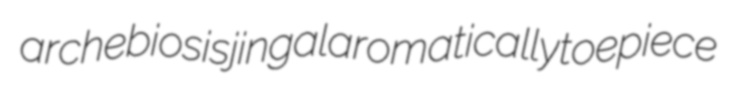
archebiosis jingal aromatically toepiece